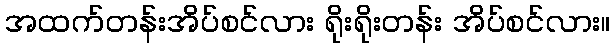
အထက်တန်းအိပ်စင်လား ရိုးရိုးတန်း အိပ်စင်လား။